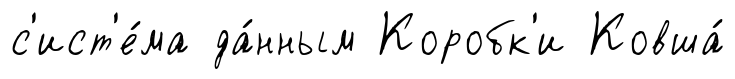
с'ист'е́ма да́нным Коробк'и Ковша́